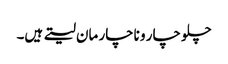
چلو چار و ناچار مان لیتے ہیں۔